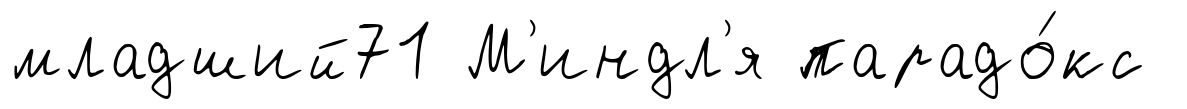
младший71 М'индл'я парадо́кс